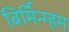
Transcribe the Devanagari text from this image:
बिर्मिन्ग्हम